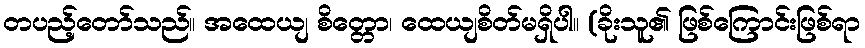
တပည့်တော်သည်။ အထေယျ စိတ္တော၊ ထေယျစိတ်မရှိပါ။ (ခိုးသူ၏ ဖြစ်ကြောင်းဖြစ်ရာ